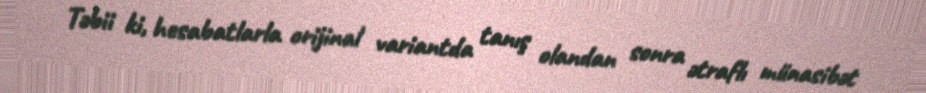
Təbii ki, hesabatlarla orijinal variantda tanış olandan sonra ətraflı münasibət